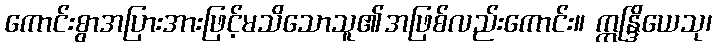
ကောင်းစွာအပြားအားဖြင့်မသိသောသူ၏အဖြစ်လည်းကောင်း။ ဣန္ဒြိယေသု၊